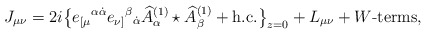
\begin{align*}J_{\mu\nu} = 2i\big\{e_{[\mu}{}^{\alpha\dot\alpha} e_{\nu]}{}^\beta{}_{\dot\alpha} \widehat A^{(1)}_\alpha\star \widehat A^{(1)}_\beta + \mbox{h.c.} \big\}_{z=0}+ L_{\mu\nu} +\mbox{$W$-terms}, \end{align*}